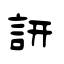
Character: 訮